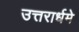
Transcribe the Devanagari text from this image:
उत्तरार्धमे